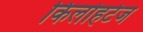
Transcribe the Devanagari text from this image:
किलोहर्टज